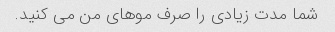
شما مدت زیادی را صرف موهای من می کنید.